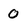
Character: 0